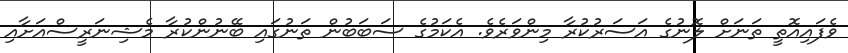
ވެފައިއޮތީ ތަނަށް ލޮނުގެ އަސަރުކުރާ މިންވަރެވެ. އެކަމުގެ ސަބަބުން ތަނުގައި ބޭނުންކުރާ މެޝިނަރީސްއަށާއި